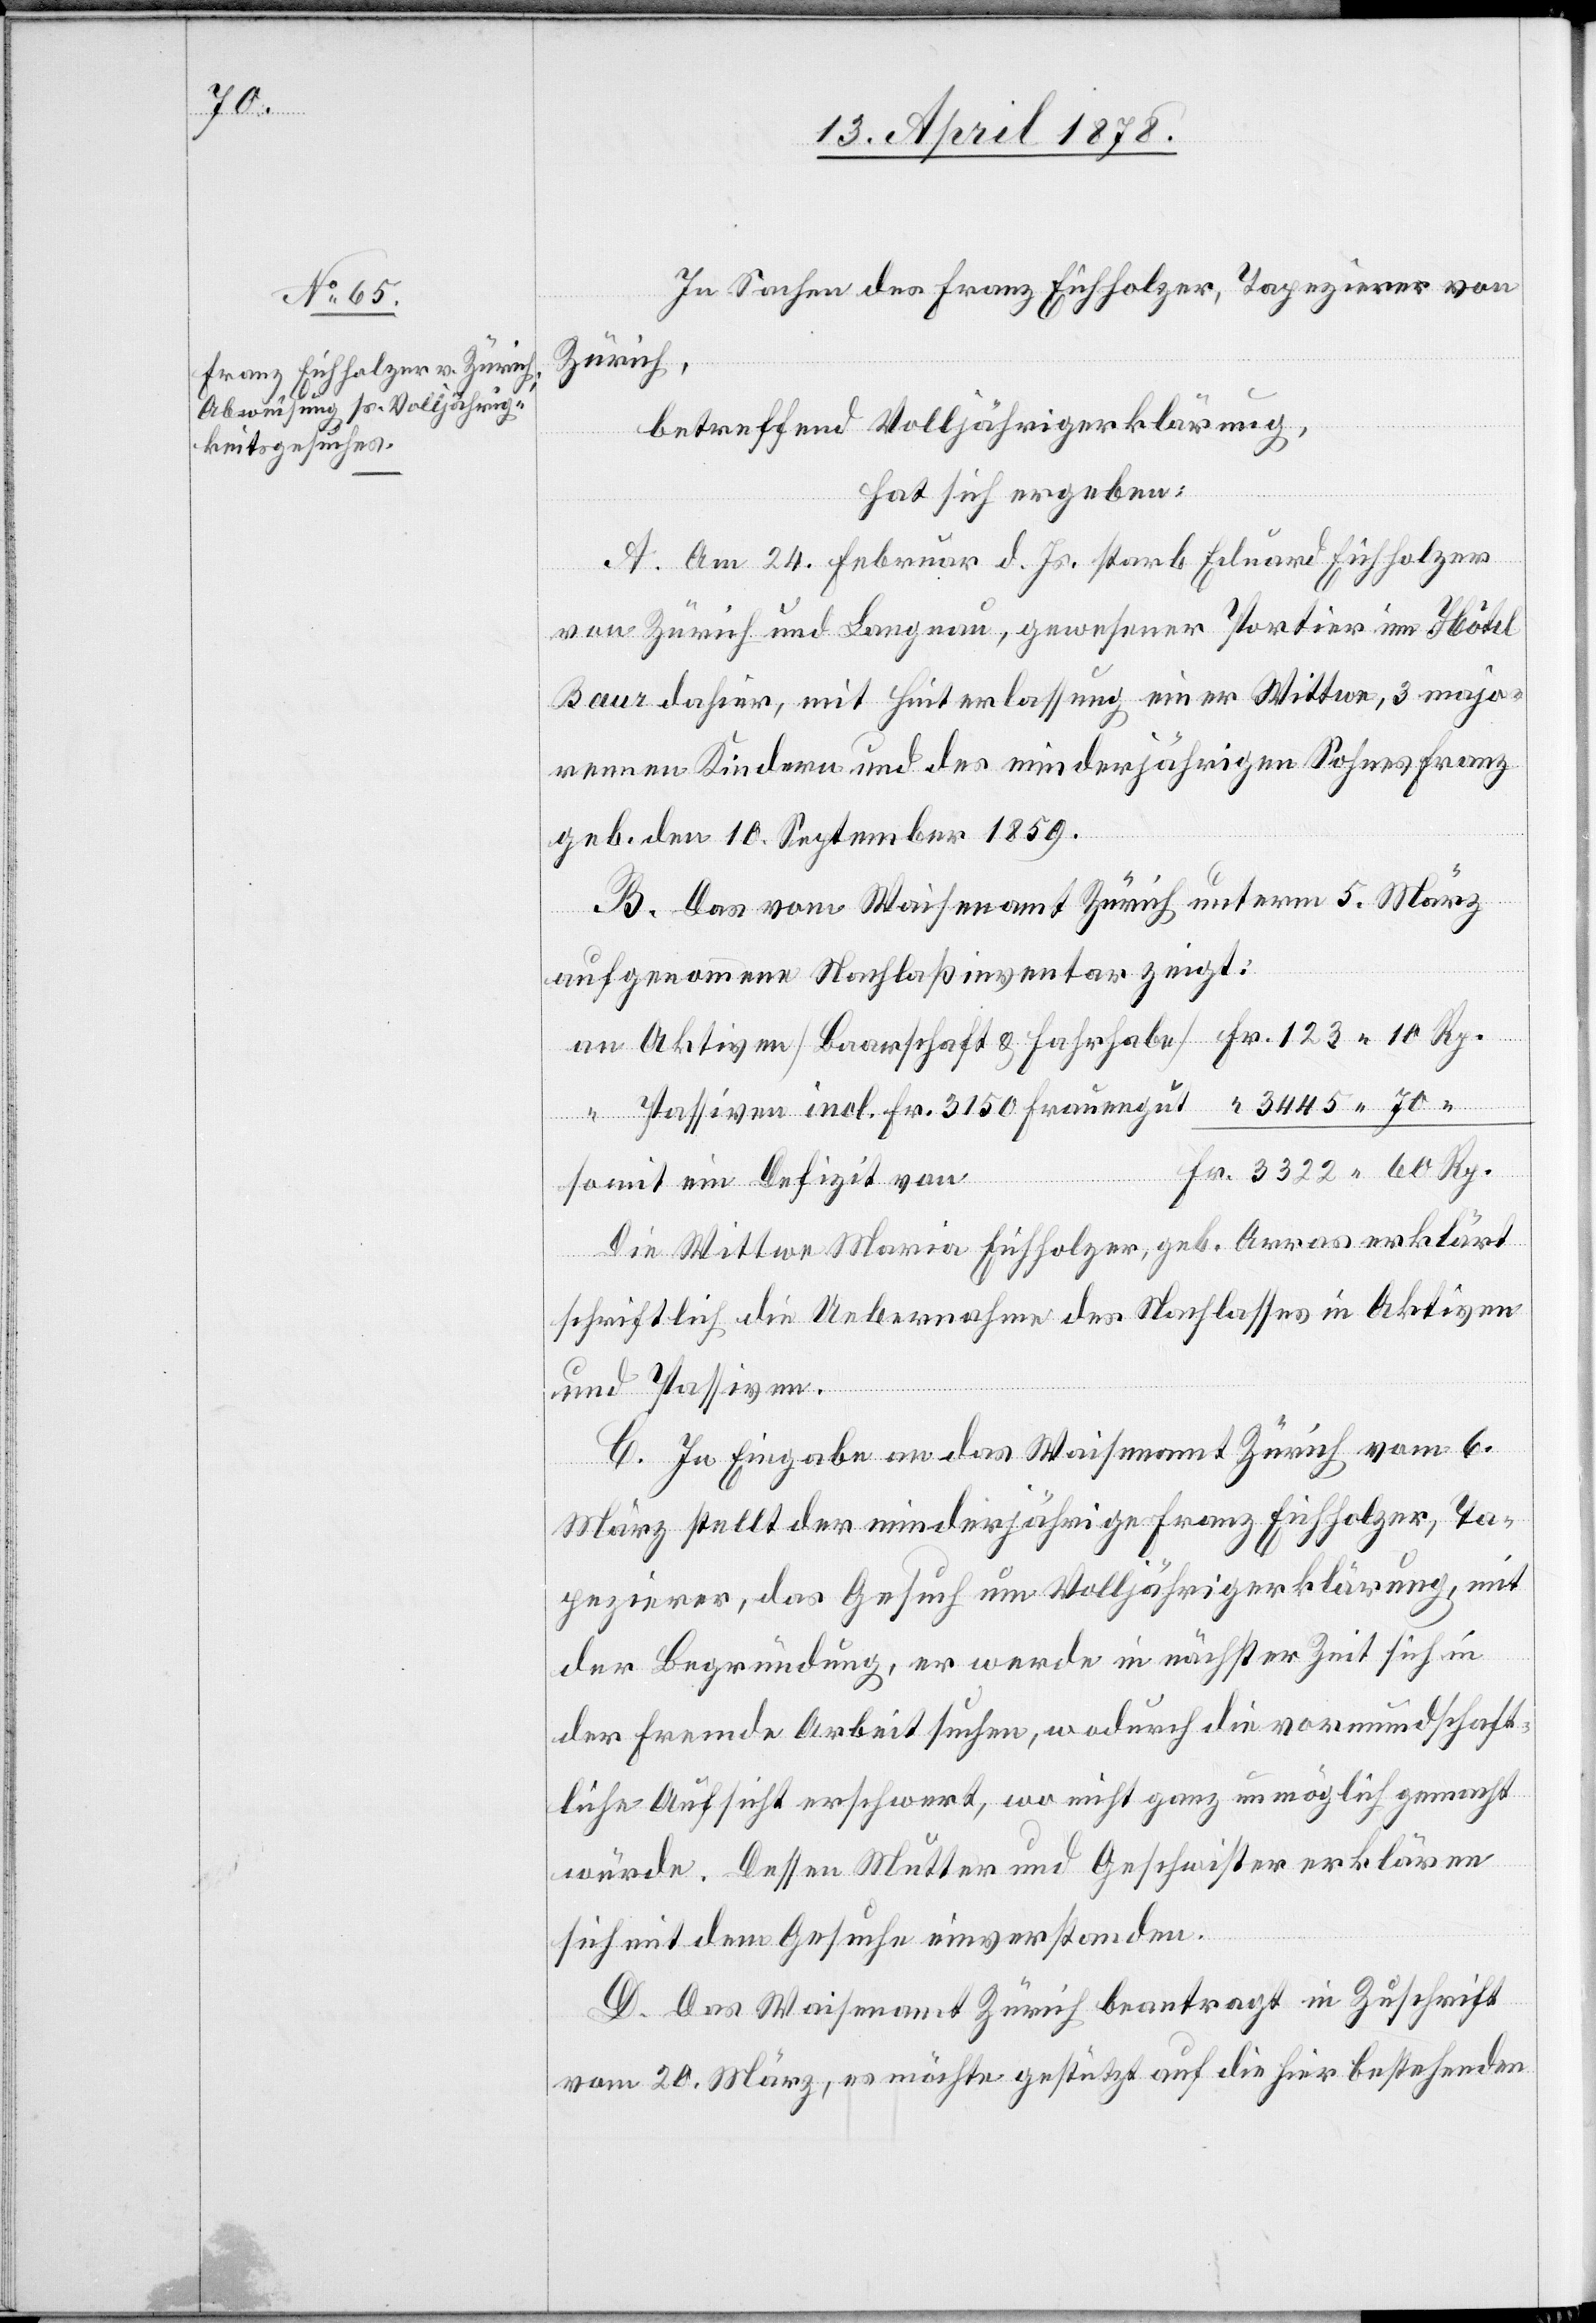
In Sachen des Franz Eichholzer, Tapezirer von
Zürich,
betreffend Volljährigerklärung,
hat sich ergeben:
A. Am 24. Februar d. Js. starb Eduard Eichholzer
von Zürich und Langnau, gewesener Portier im Hôtel
Baur dahier, mit Hinterlassung einer Wittwe, 3 majo¬
rennen Kindern und des minderjährigen Sohnes Franz
geb. den 10. September 1859.
B. Das vom Waisenamt Zürich unterm 5. März
aufgenommene Nachlaßinventar zeigt:
“ Passiven incl. Fr. 3150 Frauengut
Rp.
somit ein Defizit von
Die Wittwe Maria Eichholzer, geb. Arras erklärt
schriftlich die Uebernahme des Nachlasses in Aktiven
und Passiven.
C. In Eingabe an das Waisenamt Zürich vom 6.
März stellt der minderjährige Franz Eichholzer, Ta¬
pezierer, das Gesuch um Volljährigerklärung, mit
der Begründung, er werde in nächster Zeit sich in
der Fremde Arbeit suchen, wodurch die vormundschaft¬
liche Aufsicht erschwert, wo nicht ganz unmöglich gemacht
würde. Dessen Mutter und Geschwister erklären
sich mit dem Gesuche einverstanden.
D. Das Waisenamt Zürich beantragt in Zuschrift
vom 20. März, es möchte gestützt auf die hier bestehenden